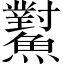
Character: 𩼸